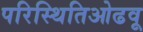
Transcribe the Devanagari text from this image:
परिस्थितिओढवू